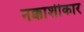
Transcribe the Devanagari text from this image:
नक्काशीकार